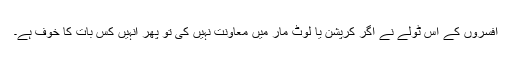
افسروں کے اس ٹولے نے اگر کرپشن یا لوٹ مار میں معاونت نہیں کی تو پھر انہیں کس بات کا خوف ہے۔